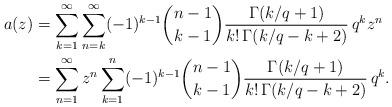
LaTeX: \begin{align*}a(z)&=\sum_{k=1}^{\infty} \sum\limits_{n=k}^\infty (-1)^{k-1} {n-1 \choose k-1}{\Gamma(k/q+1)\over k!\,\Gamma(k/q -k+2)}\,q^k z^n \\&=\sum\limits_{n=1}^\infty z^n \sum_{k=1}^n (-1)^{k-1} {n-1 \choose k-1}{\Gamma(k/q+1)\over k!\,\Gamma(k/q -k+2)}\,q^k.\end{align*}